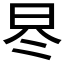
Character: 𣅭